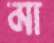
মা